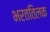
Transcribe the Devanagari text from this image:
भरततिलक